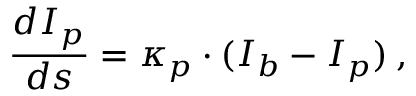
\frac { d I _ { p } } { d s } = \kappa _ { p } \cdot ( I _ { b } - I _ { p } ) \: ,